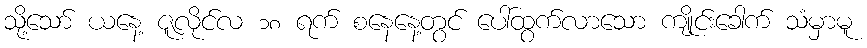
သို့သော် ယနေ့ ဇူလိုင်လ ၁၈ ရက် စနေနေ့တွင် ပေါ်ထွက်လာသော ကျိုင်းခေါက် သံမှာမူ